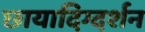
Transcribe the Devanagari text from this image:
छायादिग्दर्शन